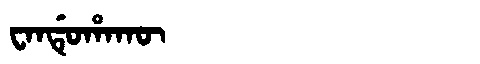
Manchu: ᠸᠠᠨᡩᡠᡥᠠᡴᡡ
Romanization: WANDUHAKŪ